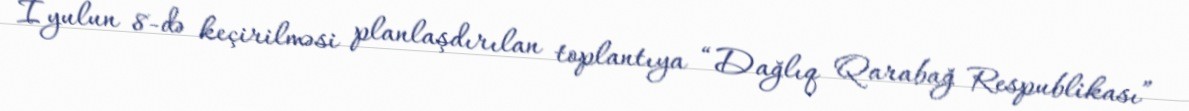
İyulun 8-də keçirilməsi planlaşdırılan toplantıya “Dağlıq Qarabağ Respublikası”